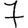
Digit: 7